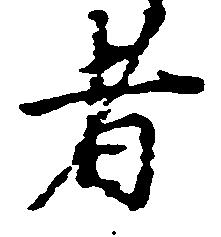
者